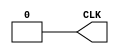
`timescale 1ps/1fs
module CLK_GEN(CLK); 

   parameter CLK_PERIOD  = 10000;  // 10 ns 
   parameter DUTY_CYCLE  = 50; //50% duty cycle
   parameter TCLK_HIGH = (CLK_PERIOD*DUTY_CYCLE/100.0); 
   parameter TCLK_LOW = (CLK_PERIOD-TCLK_HIGH); 	
  
   output CLK;

   reg CLK; 

   initial 
      CLK = 1'b0; 

   always 
   begin 
      #TCLK_LOW; 

      CLK = 1'b1; 

      #TCLK_HIGH; 

      CLK = 1'b0; 
   end  

endmodule